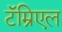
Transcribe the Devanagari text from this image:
टॅम्रिएल